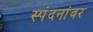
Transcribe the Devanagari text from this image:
स्पंदनांवर